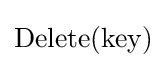
\mathrm {Delete} (\mathrm {key} )